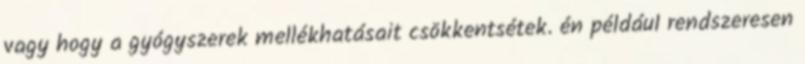
vagy hogy a gyógyszerek mellékhatásait csökkentsétek. én például rendszeresen